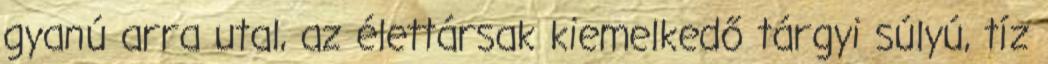
gyanú arra utal, az élettársak kiemelkedő tárgyi súlyú, tíz